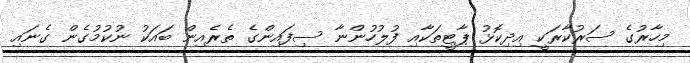
މިހާރުގެ ސަރުކާރަކީ އިދިކޮޅު ޕާޓީތަކާއި ފުލުހުންނާ ސިފައިންގެ ތެރެއިން ބައަކު ނުކުމުގެން ގެނައި